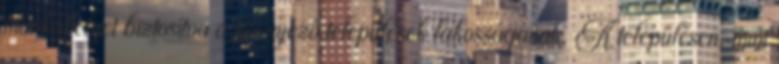
munkahelyet biztosítva a környező települések lakosságának. A településen, mint